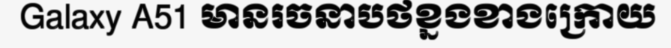
Galaxy A51 មានរចនាបថខ្នងខាងក្រោយ